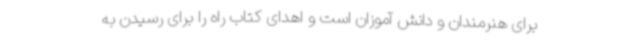
برای هنرمندان و دانش آموزان است و اهدای کتاب راه را برای رسیدن به